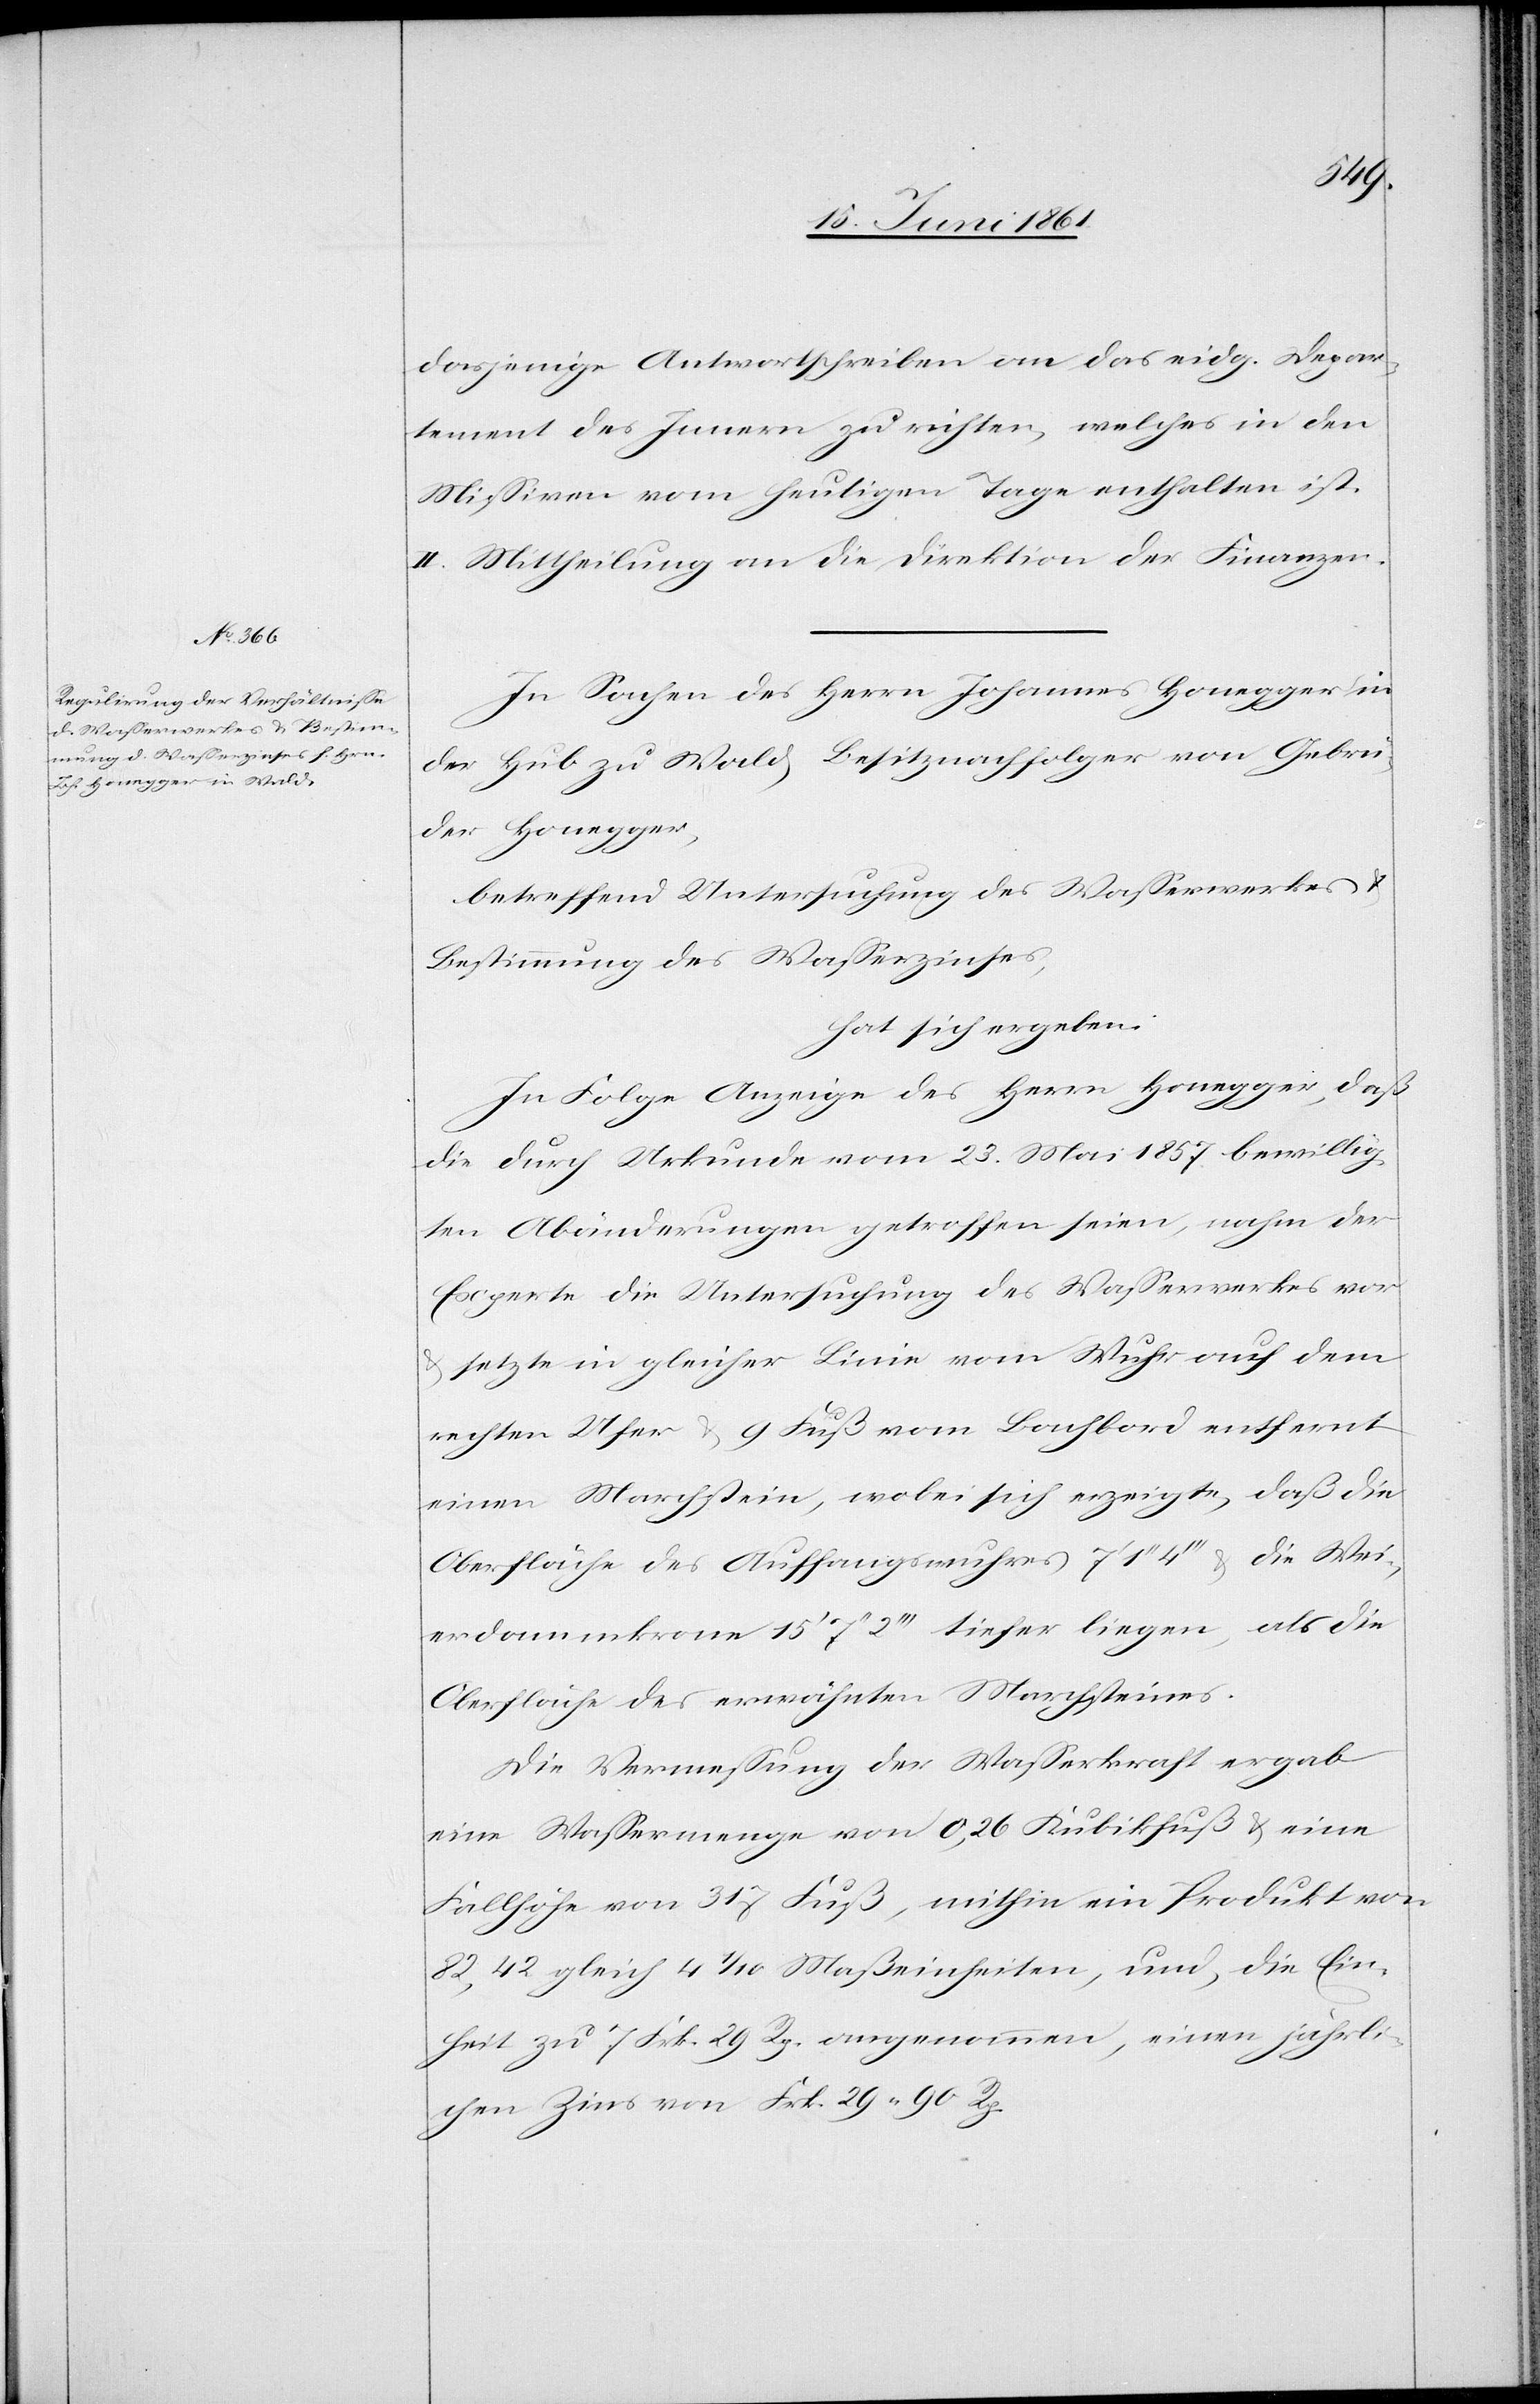
dasjenige Antwortschreiben an das eidg. Depar¬
tement des Innern zu richten, welches in den
Missiven vom heutigen Tage enthalten ist.
II. Mittheilung an die Direktion der Finanzen.
In Sachen des Herrn Johannes Honegger in
der Hub zu Wald, Besitznachfolger von Gebrü¬
der Honegger,
betreffend Untersuchung des Wasserwerkes u.
Bestimmung des Wasserzinses,
hat sich ergeben:
In Folge Anzeige des Herrn Honegger, daß
die durch Urkunde vom 23. Mai 1857 bewillig¬
ten Abänderungen getroffen seien, nahm der
Experte die Untersuchung des Wasserwerkes vor
u. setzte in gleicher Linie vom Wuhr auf dem
rechten Ufer u. 9 Fuß vom Bachbord entfernt
einen Marchstein, wobei sich erzeigte, daß die
Oberfläche des Auffangswuhres 7’ 1’’ 4’’’ u. die Wei¬
erdammkrone 15’ 7’’ 2’’’ tiefer liegen, als die
Oberfläche des erwähnten Marchsteines.
Die Vermessung der Wasserkraft ergab
eine Wassermenge von 0,26 Kubikfuß u. eine
Fallhöhe von 317 Fuß, mithin ein Produkt von
82,42 gleich 4 1/10 Maßeinheiten, und, die Ein¬
heit zu 7 Frk. 29 Rp. angenommen, einen jährli¬
chen Zins von Frk. 29 90 Rp.